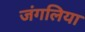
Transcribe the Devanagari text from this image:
जंगलिया